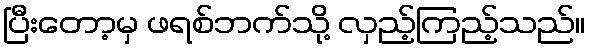
ပြီးတော့မှ ဖရစ်ဘက်သို့ လှည့်ကြည့်သည်။